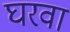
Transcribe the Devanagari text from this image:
घरवा